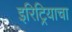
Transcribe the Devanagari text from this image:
इरिट्रियाचा